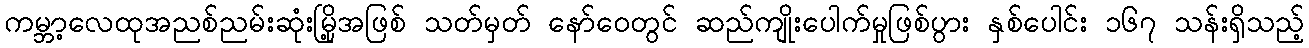
ကမ္ဘာ့လေထုအညစ်ညမ်းဆုံးမြို့အဖြစ် သတ်မှတ် နော်ဝေတွင် ဆည်ကျိုးပေါက်မှုဖြစ်ပွား နှစ်ပေါင်း ၁၆၇ သန်းရှိသည့်